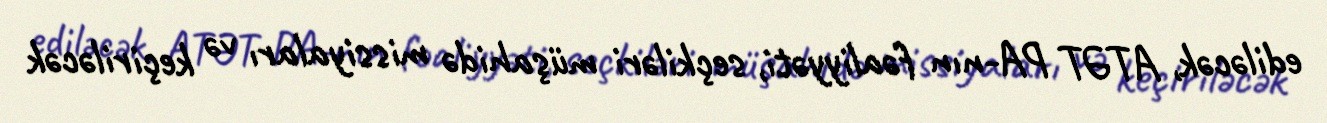
ediləcək, ATƏT PA-nın fəaliyyəti, seçkiləri müşahidə missiyaları və keçiriləcək